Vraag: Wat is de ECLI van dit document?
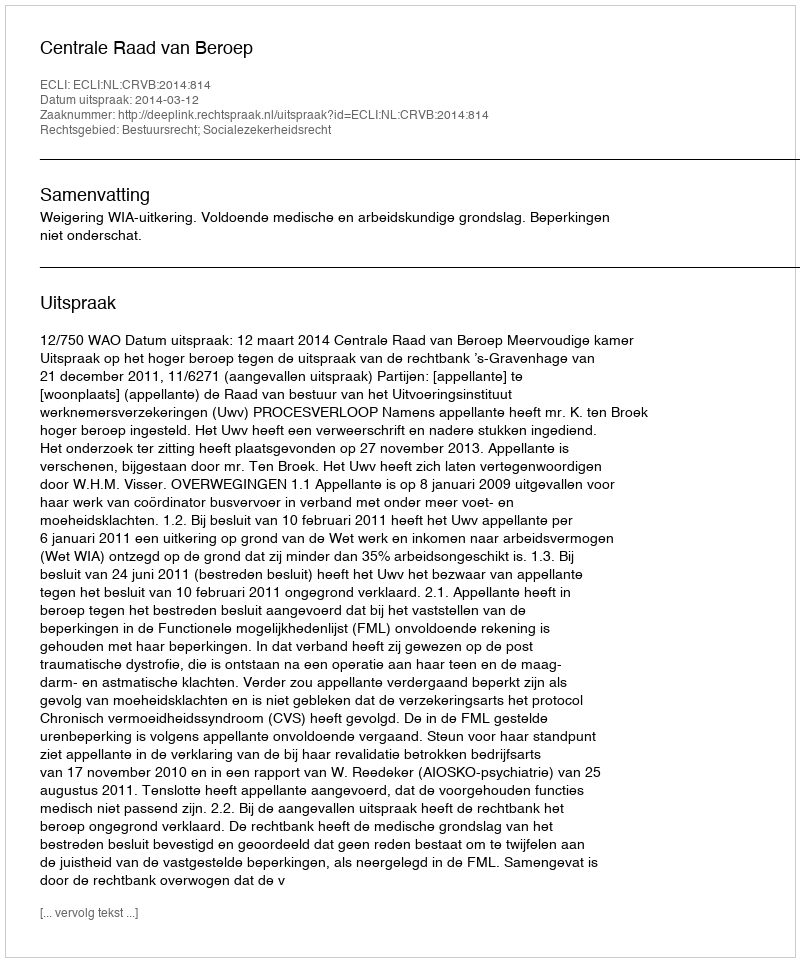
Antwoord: ECLI:NL:CRVB:2014:814